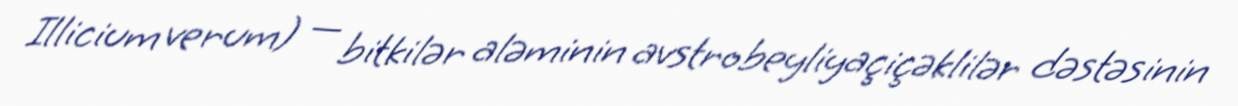
Illicium verum) — bitkilər aləminin avstrobeyliyaçiçəklilər dəstəsinin